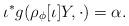
LaTeX: \begin{align*}\iota^{*} g (\rho_{\phi}[\iota] Y, \cdot) = \alpha. \end{align*}